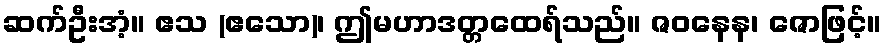
ဆက်ဦးအံ့။ ဧသ (ဧသော)၊ ဤမဟာဒတ္တထေရ်သည်။ ဇဝနေန၊ ဇောဖြင့်။